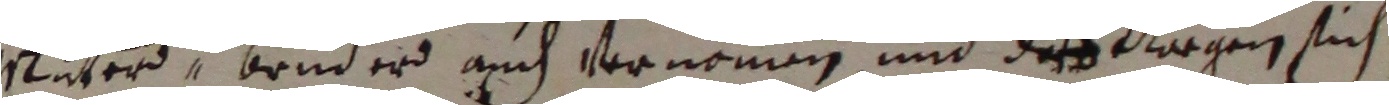
uter, bruder auch vernommen und desselargen sich